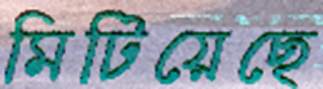
মিটিয়েছে